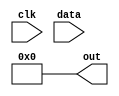

module max_min(
	input clk,
	input [11:0] data,
	output reg [11:0] out 
);
reg [11:0] dataTemp[0:1023], max, min, aver;
reg [31:0] dataSum;
reg [11:0] datain;

initial begin
//	dataTemp[*] = 'b0;
	dataSum = 'b0;
	max = 'b0;
	min = 'd999;
	aver = 'b0;
	out = 'b0;
	datain = 'b0;
end

////update timer 10ms
//reg [19:0] cnt10ms;
//wire updata = (cnt10ms == 1_000_000);
//initial cnt10ms = 'b0;
//always @(posedge clk) begin
//	if(cnt10ms < 1_000_000)	cnt10ms <= cnt10ms + 1'b1;
//	else cnt10ms <= 'b0;
//end
//
//always@(posedge clk) begin
//	dataTemp <= data;
//	differ <= max - min;
//	if(updata)begin	max <= 'b0;	min <= 'd999;	end
//	else if(dataTemp > max)	max <= dataTemp;
//	else if(dataTemp < min)	min <= dataTemp;
//	else begin end
//end

reg [31:0] cnttri;
reg [11:0] data_reg[0:1];
wire cotri = (cnttri == 32'd100_000);//1ms 
reg flag;
initial begin cnttri = 'b0; data_reg[0] = 'b0; data_reg[1] = 'b0; flag = 'b0;end
always@(posedge clk)begin
	if(cnttri != 32'd100_000) 	cnttri <= cnttri + 1'd1;
	else cnttri <= 'd0;
end
always@(posedge clk)begin
	if(cotri) begin
	data_reg[1] <= data_reg[0];
	data_reg[0] <= datain;
	
	end
	if((data_reg[0] < data_reg[1])&((data_reg[1] - data_reg[0]) >= 12'd150))
	flag = 1'b1;
	else if((data_reg[0] > data_reg[1])&((data_reg[0] - data_reg[1]) >= 12'd150))
	flag = 1'b0;
end






integer i;
initial i = 24'b0;

reg [31:0] cntsmp;//260us
reg [31:0] cnt1s;
wire co = (cntsmp == 32'd97);
initial cntsmp = 'b0;
always @(posedge clk) begin
	if(flag)begin
	if(cntsmp < 32'd97)	cntsmp <= cntsmp + 1'b1;
	else cntsmp <= 'b0;
	end
end

initial cnt1s = 'b0;
always@(posedge co)begin
	if(cnt1s != 32'd1024 )	cnt1s <= cnt1s + 1'b1;
	else cnt1s <= 32'd1024;
end

always@(posedge co)begin 
	if(i != 24'd1023)
	i <= i +  24'b1;
	else i <= 'b0;
end
always @(posedge co) begin
	if(i != 1023)begin
		dataTemp[i] <= data;

 	end
//end
//always@(posedge clk)begin
	if((i == 1023)&(cnt1s <= 32'd1024))	begin aver <= (dataSum >>10); dataSum <= 'b0; end
	else 		dataSum  <= dataSum + dataTemp[i];
end




always@(posedge clk)begin
	out <= max;
end







endmodule